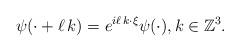
LaTeX: \begin{align*}\psi(\cdot+\ell\,k)=e^{i\ell\,k\cdot\xi}\psi(\cdot), k\in \mathbb{Z}^3.\end{align*}